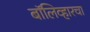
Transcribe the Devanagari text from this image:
बॉलिव्हारचा